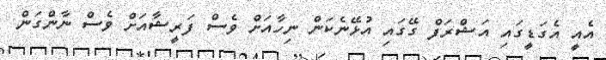
އެއީ އެގަޑީގައި އަޝްރަފް ގޭގައި އުޅޭނެކަން ނިހާއަށް ވެސް ފަރީޝާއަށް ވެސް ނާންގަން